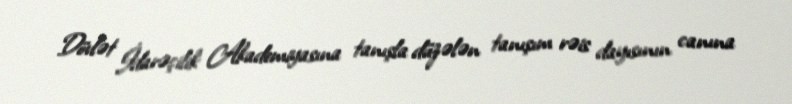
Dövlət İdarəçilik Akademiyasına tanışla düzələn tanışım rəis dayısının canına